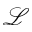
\mathcal { L }